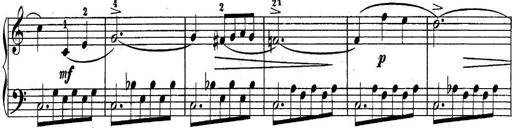
Title: 10 Sonatines progressives
Composer: Anton Schmoll